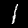
Label: 1